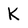
Character: K